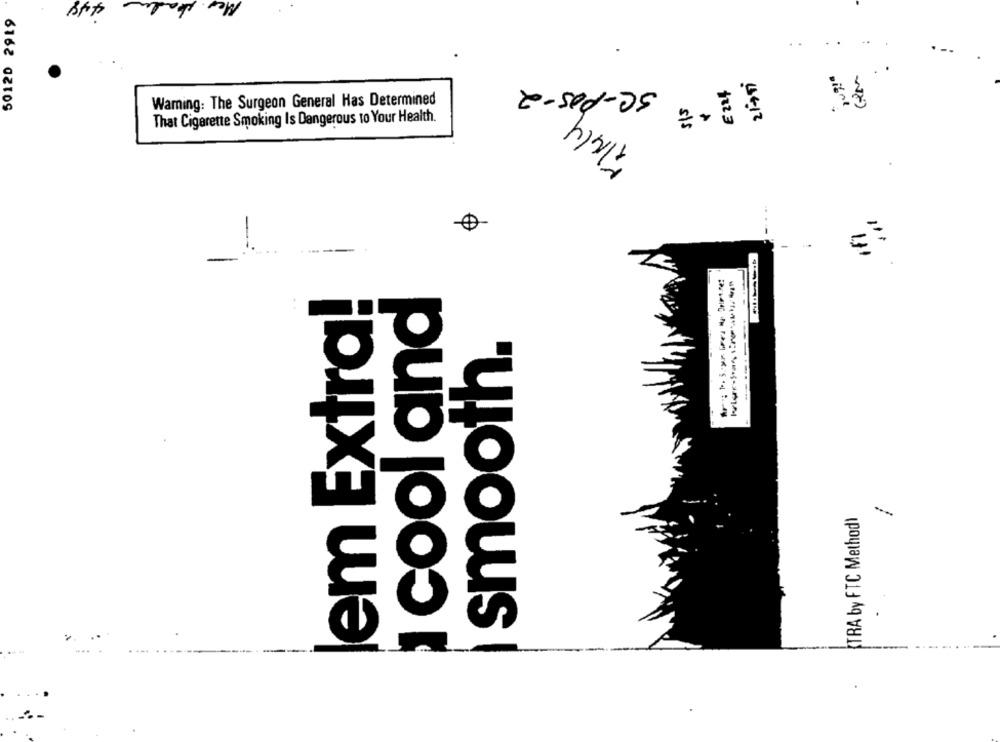
50120 2919
..
21-759
SC-POS-2
€ 224
Waming: The Surgeon General Has Determined
7/414.
That Cigarette Smoking Is Dangerous to Your Health.
.
-...
-
-
cool and
lem Extra!
smooth.
(TRA by FTC Method)